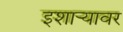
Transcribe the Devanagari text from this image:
इशार्‍यावर